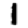
Digit: 1